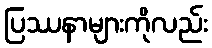
ပြဿနာများကိုလည်း